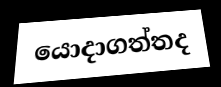
යොදාගත්තද